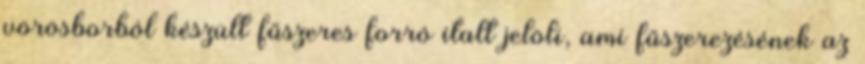
vörösborból készült fűszeres forró italt jelöli, ami fűszerezésének az